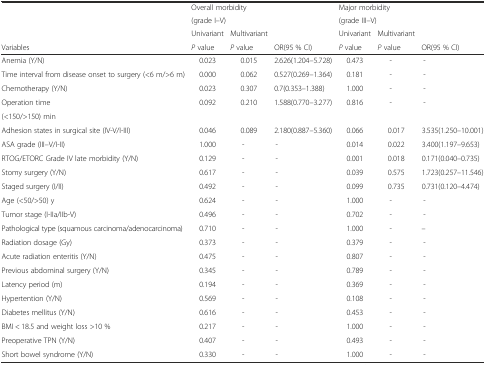
<table><thead><tr><td rowspan="2"></td><td colspan="3"><b>Overall morbidity</b></td><td colspan="3"><b>Major morbidity</b></td></tr><tr><td colspan="3"><b>(grade I–V)</b></td><td colspan="3"><b>(grade III–V)</b></td></tr><tr><td></td><td><b>Univariant</b></td><td><b>Multivariant</b></td><td></td><td><b>Univariant</b></td><td><b>Multivariant</b></td><td></td></tr><tr><td><b>Variables</b></td><td><b><i>P</i> value</b></td><td><b><i>P</i> value</b></td><td><b>OR(95 % CI)</b></td><td><b><i>P</i> value</b></td><td><b><i>P</i> value</b></td><td><b>OR(95 % CI)</b></td></tr></thead><tbody><tr><td>Anemia (Y/N)</td><td>0.023</td><td>0.015</td><td>2.626(1.204–5.728)</td><td>0.473</td><td>-</td><td>-</td></tr><tr><td>Time interval from disease onset to surgery (&lt;6 m/&gt;6 m)</td><td>0.000</td><td>0.062</td><td>0.527(0.269–1.364)</td><td>0.181</td><td>-</td><td>-</td></tr><tr><td>Chemotherapy (Y/N)</td><td>0.023</td><td>0.307</td><td>0.7(0.353–1.388)</td><td>1.000</td><td>-</td><td>-</td></tr><tr><td>Operation time</td><td>0.092</td><td>0.210</td><td>1.588(0.770–3.277)</td><td>0.816</td><td>-</td><td>-</td></tr><tr><td>(&lt;150/&gt;150) min</td><td></td><td></td><td></td><td></td><td></td><td></td></tr><tr><td>Adhesion states in surgical site (IV-V/I-III)</td><td>0.046</td><td>0.089</td><td>2.180(0.887–5.360)</td><td>0.066</td><td>0.017</td><td>3.535(1.250–10.001)</td></tr><tr><td>ASA grade (III–V/I-II)</td><td>1.000</td><td>-</td><td>-</td><td>0.014</td><td>0.022</td><td>3.400(1.197–9.653)</td></tr><tr><td>RTOG/ETORC Grade IV late morbidity (Y/N)</td><td>0.129</td><td>-</td><td>-</td><td>0.001</td><td>0.018</td><td>0.171(0.040–0.735)</td></tr><tr><td>Stomy surgery (Y/N)</td><td>0.617</td><td>-</td><td>-</td><td>0.039</td><td>0.575</td><td>1.723(0.257–11.546)</td></tr><tr><td>Staged surgery (I/II)</td><td>0.492</td><td>-</td><td>-</td><td>0.099</td><td>0.735</td><td>0.731(0.120–4.474)</td></tr><tr><td>Age (&lt;50/&gt;50) y</td><td>0.624</td><td>-</td><td>-</td><td>1.000</td><td>-</td><td>-</td></tr><tr><td>Tumor stage (I-IIa/IIb-V)</td><td>0.496</td><td>-</td><td>-</td><td>0.702</td><td>-</td><td>-</td></tr><tr><td>Pathological type (squamous carcinoma/adenocarcinoma)</td><td>0.710</td><td>-</td><td>-</td><td>1.000</td><td>-</td><td>--</td></tr><tr><td>Radiation dosage (Gy)</td><td>0.373</td><td>-</td><td>-</td><td>0.379</td><td>-</td><td>-</td></tr><tr><td>Acute radiation enteritis (Y/N)</td><td>0.475</td><td>-</td><td>-</td><td>0.807</td><td>-</td><td>-</td></tr><tr><td>Previous abdominal surgery (Y/N)</td><td>0.345</td><td>-</td><td>-</td><td>0.789</td><td>-</td><td>-</td></tr><tr><td>Latency period (m)</td><td>0.194</td><td>-</td><td>-</td><td>0.369</td><td>-</td><td>-</td></tr><tr><td>Hypertention (Y/N)</td><td>0.569</td><td>-</td><td>-</td><td>0.108</td><td>-</td><td>-</td></tr><tr><td>Diabetes mellitus (Y/N)</td><td>0.616</td><td>-</td><td>-</td><td>0.453</td><td>-</td><td>-</td></tr><tr><td>BMI &lt; 18.5 and weight loss &gt;10 %</td><td>0.217</td><td>-</td><td>-</td><td>1.000</td><td>-</td><td>-</td></tr><tr><td>Preoperative TPN (Y/N)</td><td>0.407</td><td>-</td><td>-</td><td>0.493</td><td>-</td><td>-</td></tr><tr><td>Short bowel syndrome (Y/N)</td><td>0.330</td><td>-</td><td>-</td><td>1.000</td><td>-</td><td>-</td></tr></tbody></table>